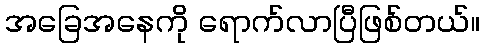
အခြေအနေကို ရောက်လာပြီဖြစ်တယ်။